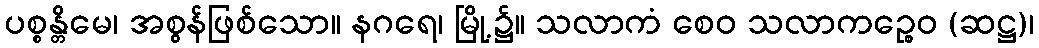
ပစ္စန္တိမေ၊ အစွန်ဖြစ်သော။ နဂရေ၊ မြို့၌။ သလာကံ စေဝ သလာကဉ္စေဝ (ဆဋ္ဌ)၊